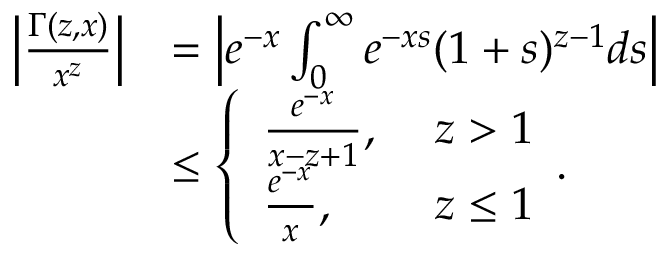
\begin{array} { r l } { \Big | \frac { \Gamma ( z , x ) } { x ^ { z } } \Big | } & { = \Big | e ^ { - x } \int _ { 0 } ^ { \infty } e ^ { - x s } ( 1 + s ) ^ { z - 1 } d s \Big | } \\ & { \le \left\{ \begin{array} { l l } { \frac { e ^ { - x } } { x - z + 1 } , } & { \ z > 1 } \\ { \frac { e ^ { - x } } { x } , } & { \ z \le 1 } \end{array} . \right. } \end{array}